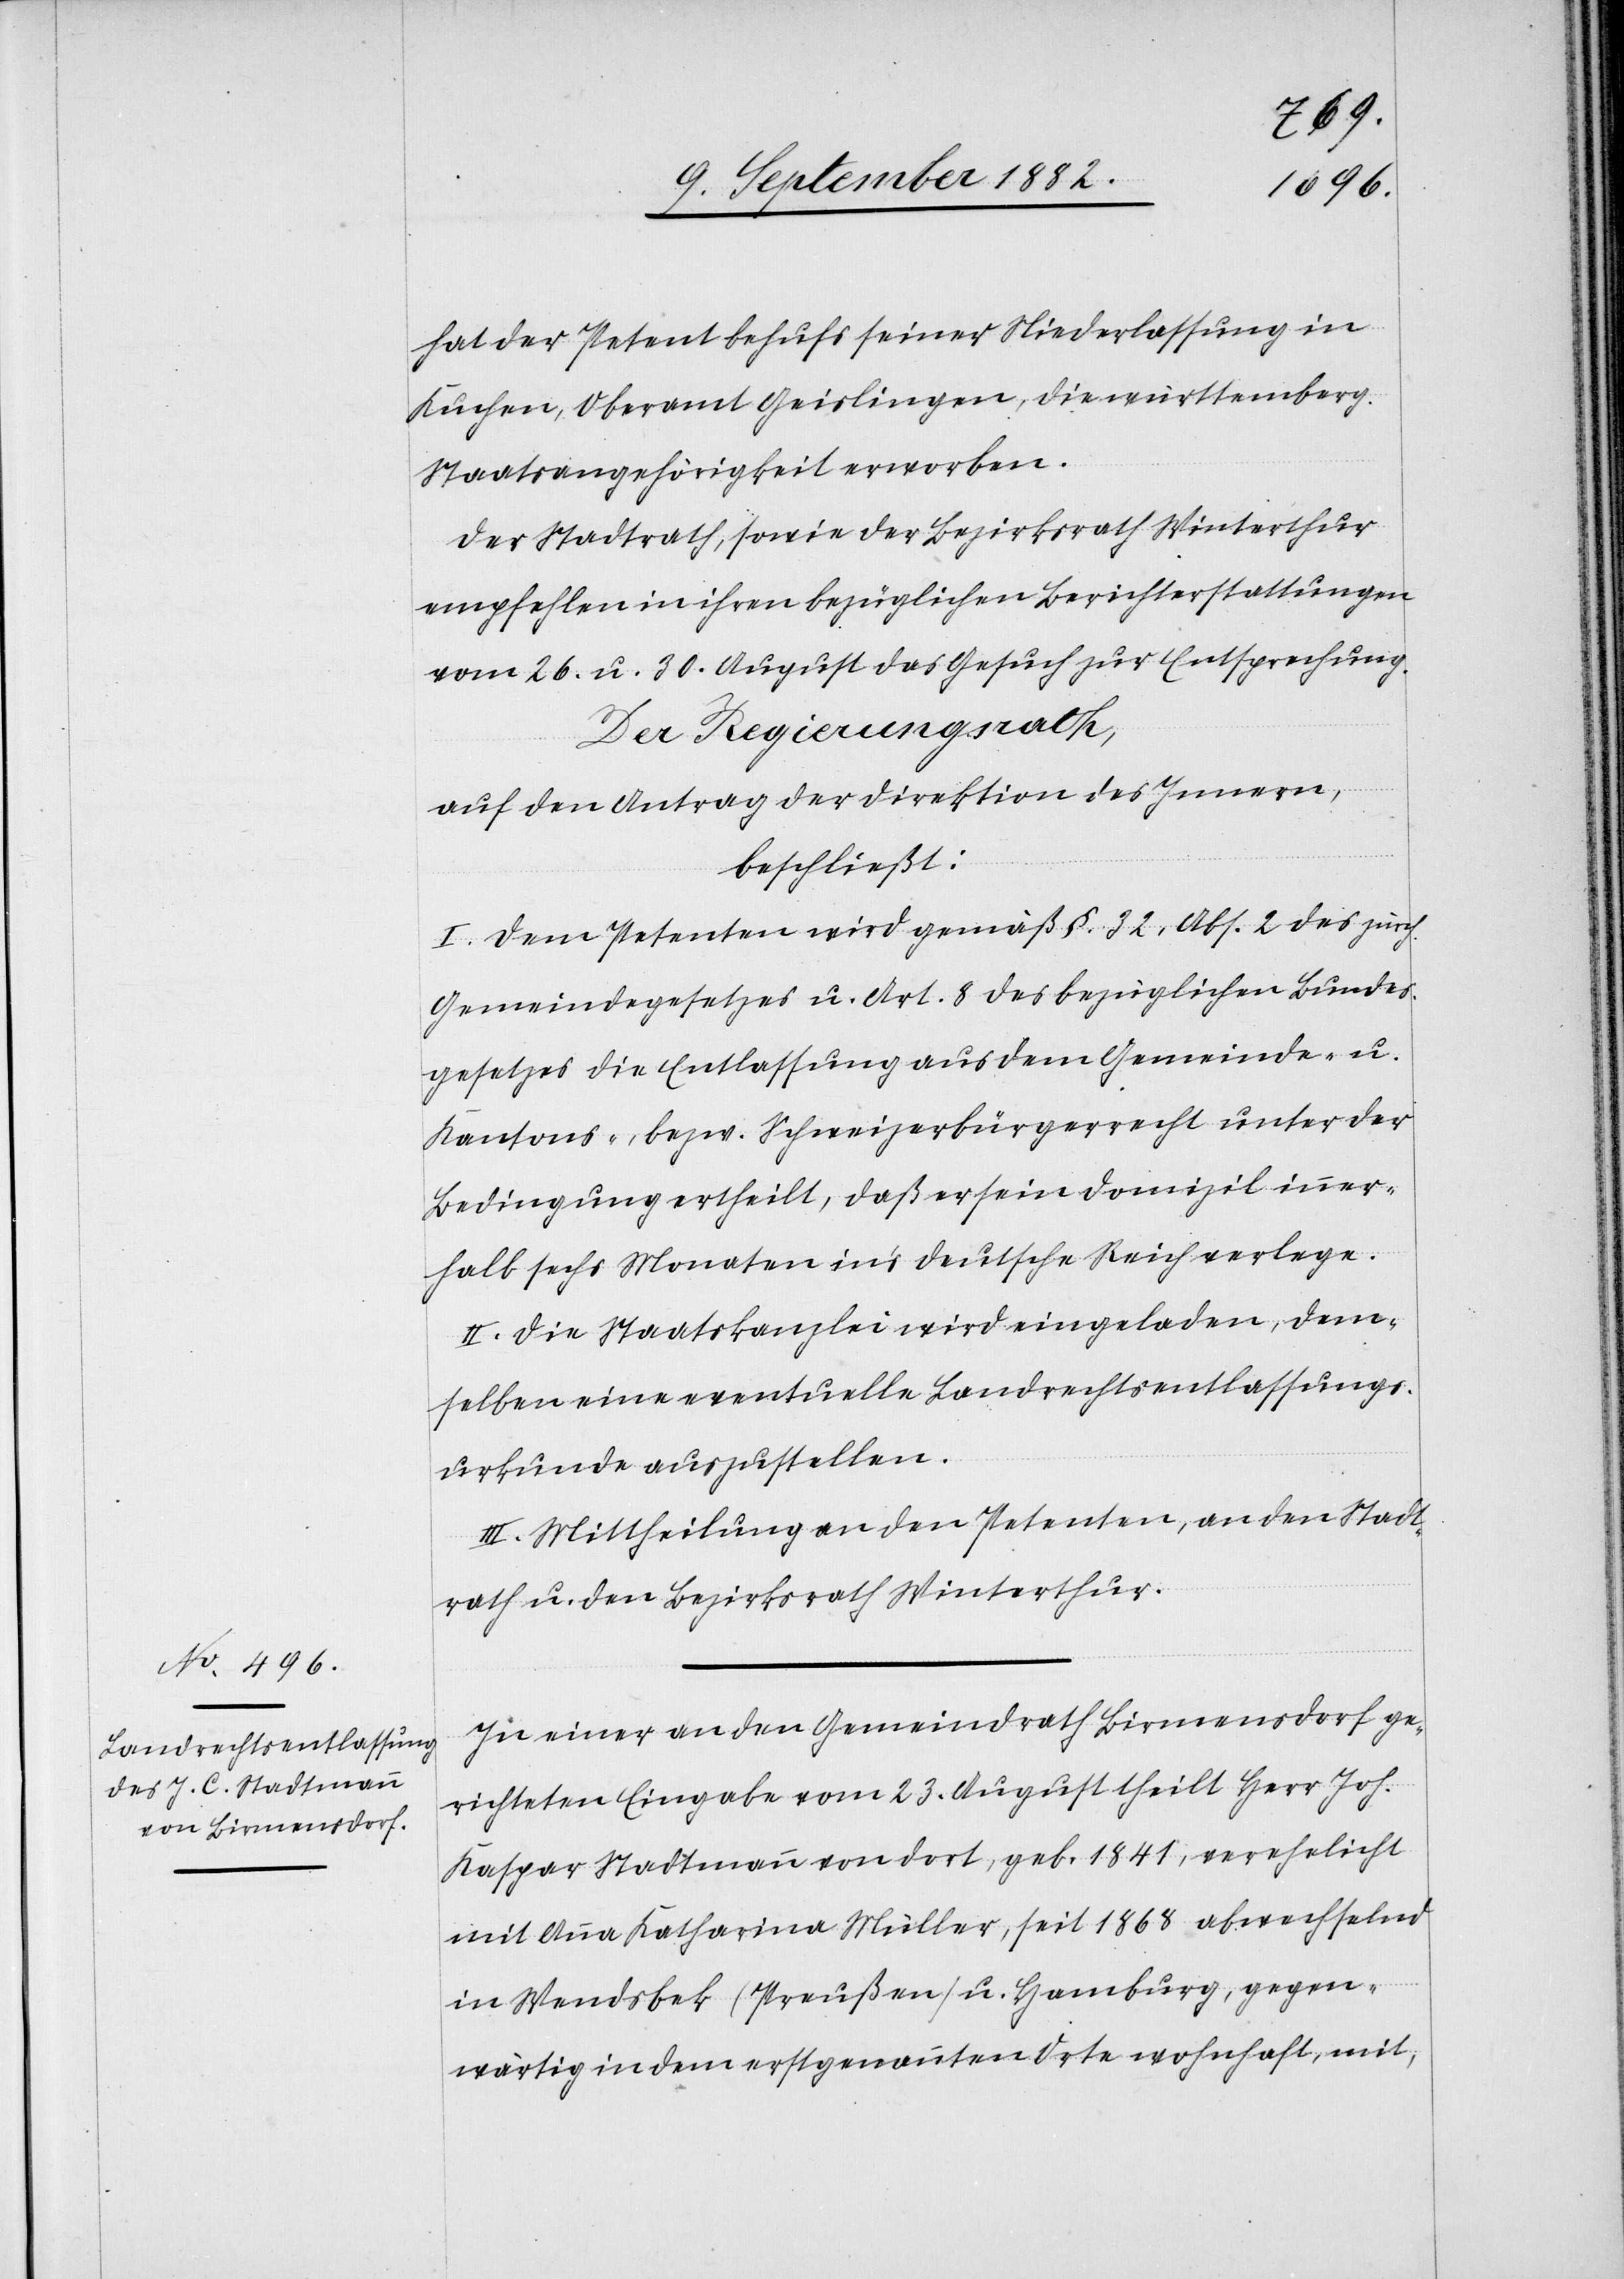
hat der Petent behufs seiner Niederlassung in
Kuchen, Oberamt Geislingen, die württemberg.
Staatsangehörigkeit erworben.
Der Stadtrath, sowie der Bezirksrath Winterthur
empfehlen in ihren bezüglichen Berichterstattungen
vom 26. u. 30. August das Gesuch zur Entsprechung.
Der Regierungsrath,
auf den Antrag der Direktion des Innern,
beschließt:
I. Dem Petenten wird gemäß §. 32, Abs. 2 des zürch.
Gemeindegesetzes u. Art. 8 des bezüglichen Bundes¬
gesetzes die Entlassung aus dem Gemeinde u.
Kantons-, bezw. Schweizerbürgerrecht unter der
Bedingung ertheilt, daß er sein Domizil inner¬
halb sechs Monaten in’s deutsche Rech verlege.
II. Die Staatskanzlei wird eingeladen, dem¬
selben eine eventuelle Landrechtsentlassungs¬
urkunde auszustellen.
III. Mittheilung an den Petenten, an den Stadt¬
rath u. den Bezirksrath Winterthur.
In einer an den Gemeindrath Birmensdorf ge¬
richteten Eingabe vom 23. August theilt Herr Joh.
Kaspar Stadtmann von dort, geb. 1841, verehelicht
mit Anna Katharina Müller, seit 1868 abwechselnd
in Wendsbek (Preußen) u. Hamburg, gegen¬
wärtig in dem erstgenannten Orte wohnhaft, mit,